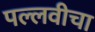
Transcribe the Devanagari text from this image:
पल्लवीचा